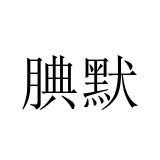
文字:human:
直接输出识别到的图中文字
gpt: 腆默